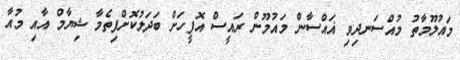
މައުލޫމާތު މުއްސަނދިވި ޣައްސާން މައުމޫން ރައީސް އޮފީހަށް ބަދަލުކޮށްފިތެމާ ޝިޔާމް އާއި މުއާ